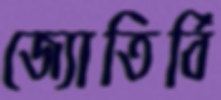
জ্যোতির্বি